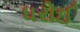
ધરોઈ